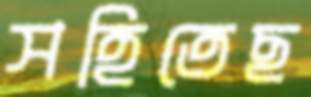
সহিতেছ